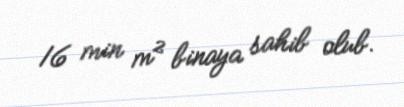
16 min m² binaya sahib olub.